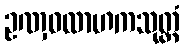
ဥဏှဝလာဟကသုတ္တံ